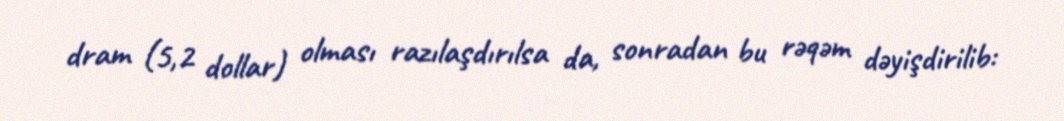
dram (5,2 dollar) olması razılaşdırılsa da, sonradan bu rəqəm dəyişdirilib: